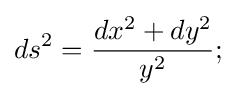
ds^{2}={\frac {dx^{2}+dy^{2}}{y^{2}}};